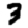
Digit: 3